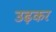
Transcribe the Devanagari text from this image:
उढ़कर